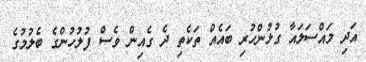
އަދި މައްސަލައާ ގުޅުންހުރި ބައެއް ތަކެތި ދެ ގެއިން ވެސް ފުލުހުންގެ ބެލުމުގެ